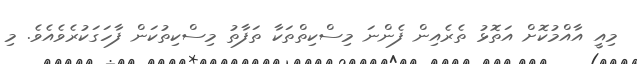
މިއީ އާއްްމުކޮށް އަތޮޅު ތެރެއިން ފެންނަ މިސްކިތްތަކާ ތަފާތު މިސްކިތުކަން ފާހަގަކުރެވެއެވެ. މި